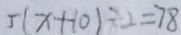
5 ( x + 1 0 ) \div 2 = 7 8